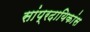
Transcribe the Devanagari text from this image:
सांप्रदायिकांस